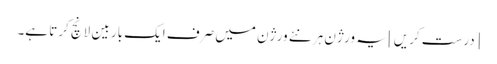
[درست کریں] یہ ورژن ہر نئے ورژن میں صرف ایک بار بین لانچ کرتا ہے۔